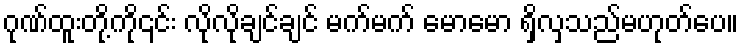
ဂုဏ်ထူးတို့ကို၎င်း လိုလိုချင်ချင် မက်မက် မောမော ရှိလှသည်မဟုတ်ပေ။